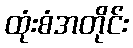
ထုံးစံအတိုင်း